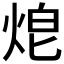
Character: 𤈥